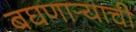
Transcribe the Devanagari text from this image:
बघणार्‍याची